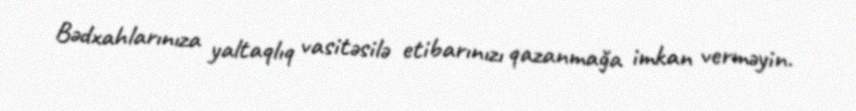
Bədxahlarınıza yaltaqlıq vasitəsilə etibarınızı qazanmağa imkan verməyin.